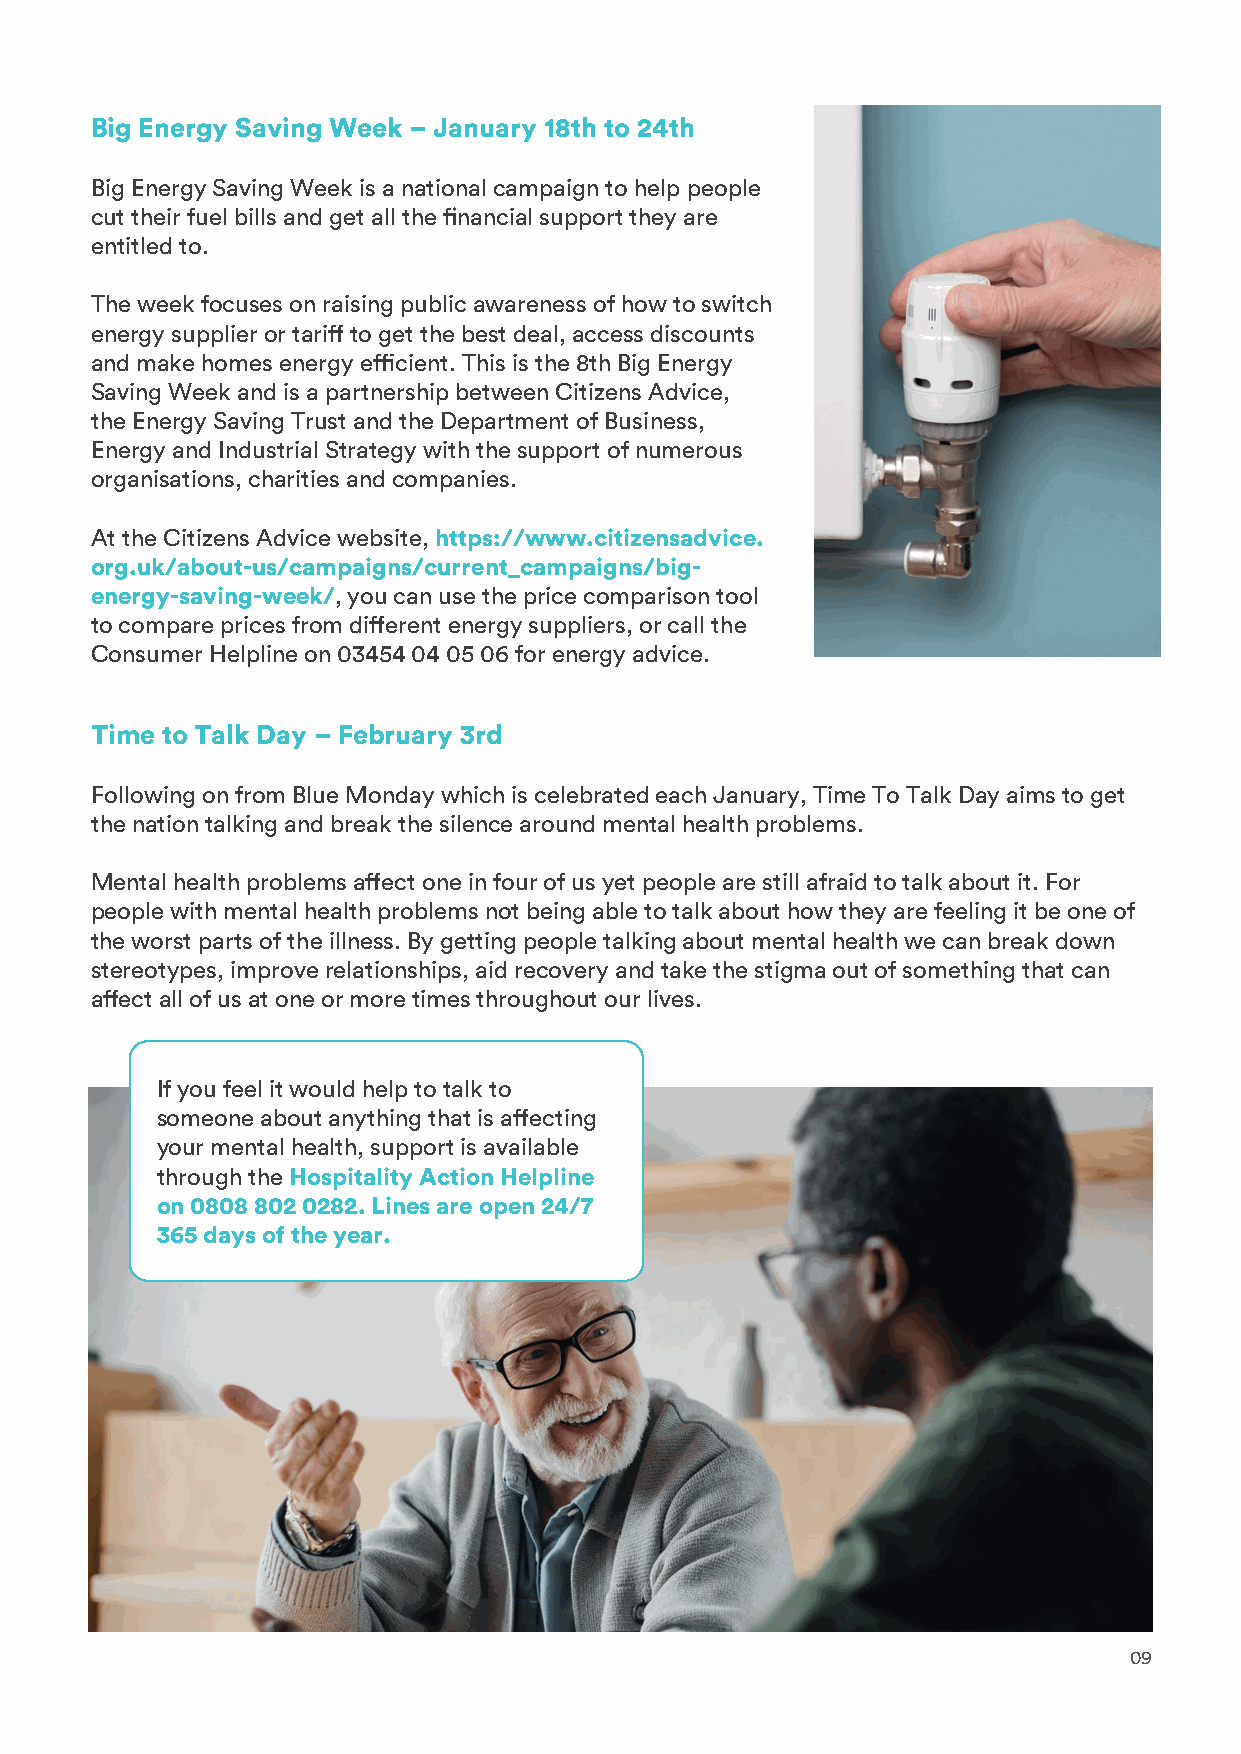
Big Energy Saving Week – January 18th to 24th
 Big Energy Saving Week is a national campaign to help people
 cut their fuel bills and get all the financial support they are
 entitled to.
 The week focuses on raising public awareness of how to switch
 energy supplier or tariff to get the best deal, access discounts
 and make homes energy efficient. This is the 8th Big Energy
 Saving Week and is a partnership between Citizens Advice,
 the Energy Saving Trust and the Department of Business,
 Energy and Industrial Strategy with the support of numerous
 organisations, charities and companies.
 At the Citizens Advice website, https://www.citizensadvice.
 org.uk/about-us/campaigns/current_campaigns/big-
 energy-saving-week/, you can use the price comparison tool
 to compare prices from different energy suppliers, or call the
 Consumer Helpline on 03454 04 05 06 for energy advice.
 Time to Talk Day – February 3rd
 Following on from Blue Monday which is celebrated each January, Time To Talk Day aims to get
 the nation talking and break the silence around mental health problems.
 Mental health problems affect one in four of us yet people are still afraid to talk about it. For
 people with mental health problems not being able to talk about how they are feeling it be one of
 the worst parts of the illness. By getting people talking about mental health we can break down
 stereotypes, improve relationships, aid recovery and take the stigma out of something that can
 affect all of us at one or more times throughout our lives.
 If you feel it would help to talk to
 someone about anything that is affecting
 your mental health, support is available
 through the Hospitality Action Helpline
 on 0808 802 0282. Lines are open 24/7
 365 days of the year.
 09